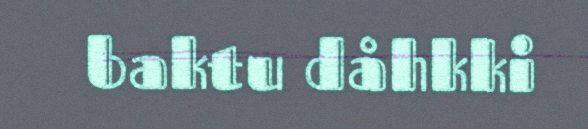
baktu dåhkki